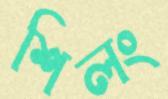
শিলং